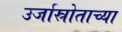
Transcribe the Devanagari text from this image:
उर्जास्रोताच्या